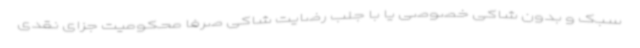
سبک و بدون شاکی خصوصی یا با جلب رضایت شاکی صرفا محکومیت جزای نقدی